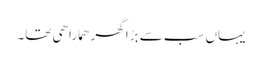
یہاں سب سے بڑا گھر ھمارا ھی تھا۔